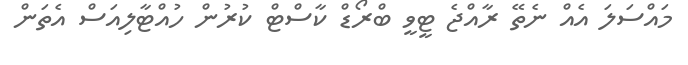
މައްސަލަ އެއް ނެތޭ ރާއްޖެ ޓީވީ ބްރޯޑް ކާސްޓް ކުރުން ހުއްޓާލިއަސް އެތަން